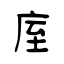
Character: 庢